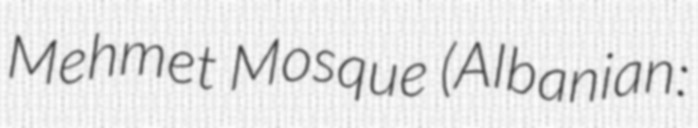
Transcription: Mehmet Mosque (Albanian: